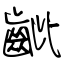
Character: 齜